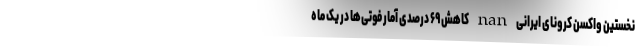
نخستین واکسن کرونای ایرانی nan کاهش ۶۹ درصدی آمار فوتی‌ها در یک ماه